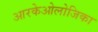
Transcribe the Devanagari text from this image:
आरकेओलोजिका